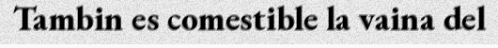
Tambin es comestible la vaina del